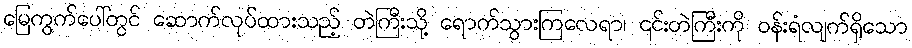
မြေကွက်ပေါ်တွင် ဆောက်လုပ်ထားသည့် တဲကြီးသို့ ရောက်သွားကြလေရာ၊ ၎င်းတဲကြီးကို ဝန်းရံလျက်ရှိသော